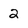
Character: 2